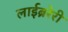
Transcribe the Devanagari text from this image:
लाईब्ररेरी